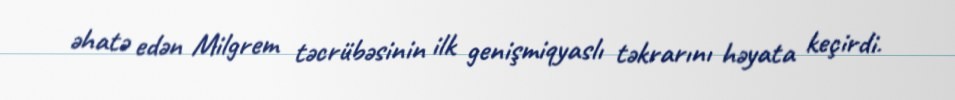
əhatə edən Milgrem təcrübəsinin ilk genişmiqyaslı təkrarını həyata keçirdi.